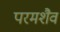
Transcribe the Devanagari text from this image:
परमशैव